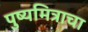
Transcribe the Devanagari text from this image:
पुष्यमित्राचा